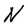
Character: N